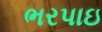
ભરપાઇ